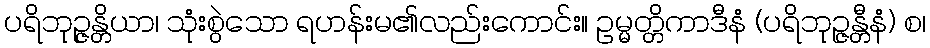
ပရိဘုဉ္ဇန္တိယာ၊ သုံးစွဲသော ရဟန်းမ၏လည်းကောင်း။ ဥမ္မတ္တိကာဒီနံ (ပရိဘုဉ္ဇန္တီနံ) စ၊